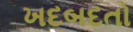
ખદબદતો